Code of medical and sanitary regulations for the guidance of medical officers serving in the Madras Presidency - Volume I
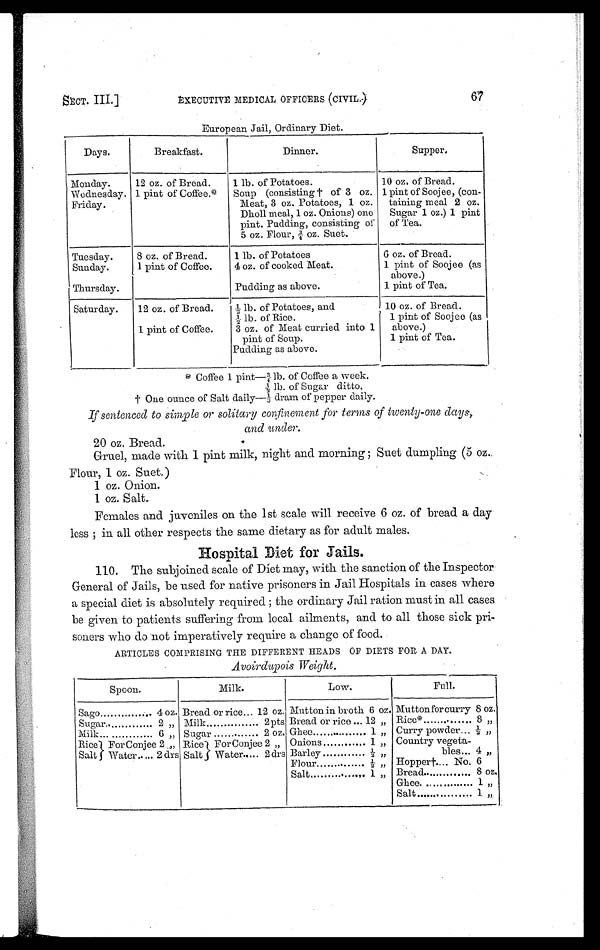
SECT. III.]
EXECUTIVE MEDICAL OFFICERS (CIVIL.) 67
European Jail, Ordinary Diet.
Days.
Breakfast.
Dinner.
Supper.
Monday.
12 oz. of Bread.
1 lb. of Potatoes.
10 oz, of Bread.
Wednesday. 1 pint of Coffee.*
Soup (consisting † of 3 oz.
Meat, 3 oz. Potatoes, 1 oz.
Dholl meal, 1 oz. Onions) one
pint. Pudding, consisting of
5 oz. Flour, ¾ oz. Suet.
1 pint of Soojee, (con-
taining meal 2 oz.
Sugar 1 oz.) 1 pint
of Tea.
Friday.
Tuesday.
8 oz. of Bread.
1 lb. of Potatoes
6 oz. of Bread.
Sunday.
1 pint of Coffee.
4 oz. of cooked Meat.
1 pint of Soojee (as
above.)
Thursday.
Pudding as above.
1 pint of Tea.
Saturday.
12 oz. of Bread.
½ lb. of Potatoes, and
½ lb. of Rice.
10 oz. of Bread.
1 pint of Soojee (as
above.)
1 pint of Coffee.
3 oz. of Meat curried into 1
pint of Soup.
1 pint of Tea.
Pudding as above.
.
† One ounce of Salt daily— ⅓ dram of pepper daily.
If sentenced to simple or solitary confinement for terms of twenty-one days,
and under.
20 oz. Bread.
Gruel, made with 1 pint milk, night and morning Suet dumpling (5 oz.
Flour, 1 oz. Suet.)
1 oz. Onion.
1 oz. Salt.
Females and juveniles on the 1st scale will receive 6 oz. of bread a day
less ; in all other respects the same dietary as for adult males.
Hospital Diet for Jails.
110. The subjoined scale of Diet may, with the sanction of the Inspector
General of Jails, be used for native prisoners in Jail Hospitals in cases where
a special diet is absolutely required ; the ordinary Jail ration must in all cases
be given to patients suffering from local ailments, and to all those sick pri-
soners who do not imperatively require a change of food.
ARTICLES COMPRISING THE DIFFERENT HEADS OF DIETS FOR A DAY.
Avoirdupois Weight.
Spoon.
Milk.
Low.
Full.
Sago
. 4 oz. Bread or rice. .. 12 oz. Mutton in broth 6 oz. Mutton for curry 8 oz.
Sugar..
2 „ Milk
2 pts Bread or rice ... 12 „ Rice*
8 , ,
Milk
6 „ Sugar
2 oz. Ghee
1 „ Curry powder... ½ ,,„
Rice
Salt
For Conjee 2 .„ Rice
Salt
For Conjee 2 „ Onions
1 „ Country vegeta-
bles... 4 „
Water.... 2 drs Barley
½ ,,
Water.. ,.. 2 drs
Flour
½ , ,
Hopper†.... No, 6
Salt ......... ....., 1 ,, Bread
8 oz.
Ghee.
1 ,,
Salt
1 „